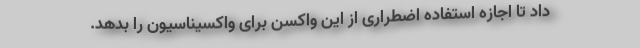
داد تا اجازه استفاده اضطراری از این واکسن برای واکسیناسیون را بدهد.